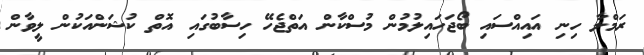
ރަމްލާ ހިނި އައިއްސައި ބޯޖަހައިލުމުން މުސްކާން އަތްޖެހޭ ހިސާބުގައި އޮތް ކުޝަންއަކުން ލީވާން